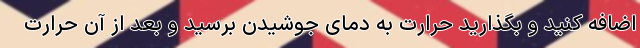
اضافه کنید و بگذارید حرارت به دمای جوشیدن برسید و بعد از آن حرارت